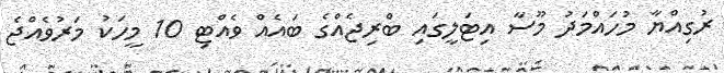
ރުގިއްޔާ މުހައްމަދު މޫސާ އިޓަލީގައި ބްރިޖެއްގެ ބައެއް ވެއްޓި 10 މީހަކު މަރުވެއްޖެ